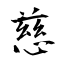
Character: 慈